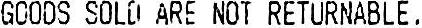
GOODS SOLD ARE NOT RETURNABLE .